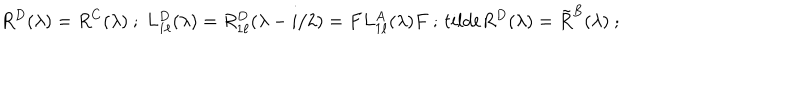
R ^ { D } ( \lambda ) = R ^ { C } ( \lambda ) \ ; \ L _ { 1 \ell } ^ { D } ( \lambda ) = R _ { 1 \ell } ^ { D } ( \lambda - i / 2 ) = F L _ { 1 \ell } ^ { A } ( \lambda ) F \ ; \, t i l d e { R } ^ { D } ( \lambda ) = \tilde { R } ^ { B } ( \lambda ) \ ;